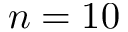
n = 1 0